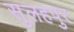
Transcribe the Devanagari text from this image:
सुलहपुर